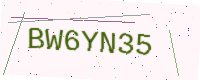
Text: BW6YN35